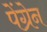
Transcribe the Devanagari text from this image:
पेंग्रेन